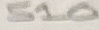
Text: 510